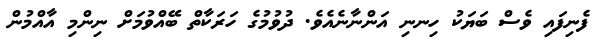
ފެނިފައި ވެސް ބަޔަކު ހިނނި އަންނާނެއެވެ. ދުވުމުގެ ހަރަކާތް ބޭއްވުމަށް ނިންމި އާއްމުން